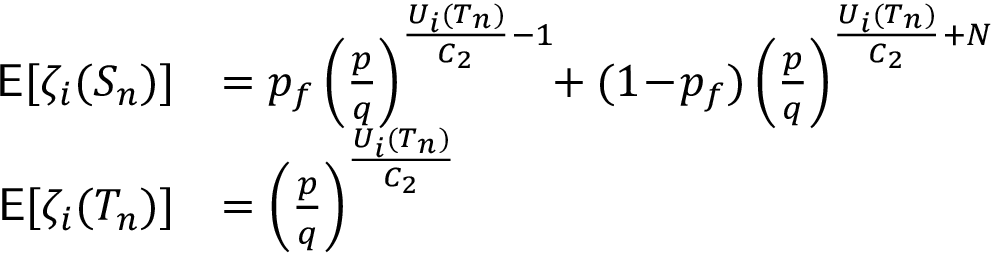
\begin{array} { r l } { \mathsf { E } [ \zeta _ { i } ( S _ { n } ) ] } & { = p _ { f } \left( \frac { p } { q } \right) ^ { \frac { U _ { i } ( T _ { n } ) } { C _ { 2 } } - 1 } \! \! + ( 1 \! - \! p _ { f } ) \left( \frac { p } { q } \right) ^ { \frac { U _ { i } ( T _ { n } ) } { C _ { 2 } } + N } } \\ { \mathsf { E } [ \zeta _ { i } ( T _ { n } ) ] } & { = \left( \frac { p } { q } \right) ^ { \frac { U _ { i } ( T _ { n } ) } { C _ { 2 } } } } \end{array}